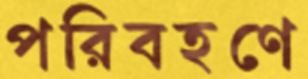
পরিবহণে